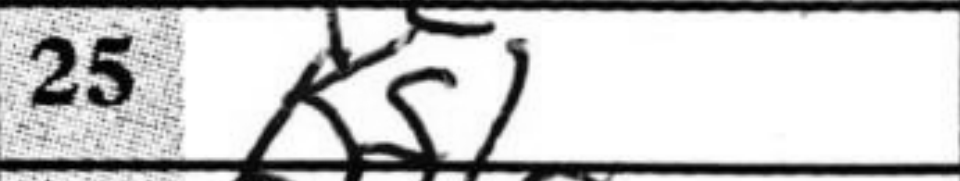
Transcription: Kg1